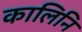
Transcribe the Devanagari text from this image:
कालिनि